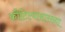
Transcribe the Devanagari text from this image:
कौटिल्यासारख्या